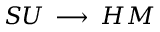
{ \cal S U } \, \longrightarrow \, { \cal H M }